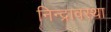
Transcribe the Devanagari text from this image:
निन्द्रावस्था